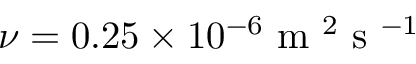
\nu = 0 . 2 5 \times 1 0 ^ { - 6 } \textnormal { m } ^ { 2 } \textnormal { s } ^ { - 1 }